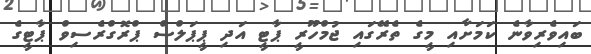
ބައިވެރިވާނެ ކަމަށާއި މީގެ ތެރޭގައި ޖުމްހޫރީ ޕާޓީ އަދި ޕީޕަލްސް ޕްރޮގްރެސިވް ޕާޓީގެ